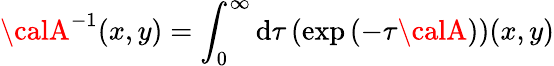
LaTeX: {\calA}^{-1}(x,y)=\int_{0}^{\infty}\mathrm{d}\tau\left(\exp\left(-\tau{\calA}\right)\right)(x,y)